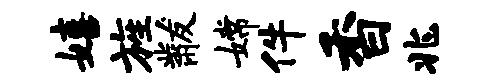
嬉旌黻嫦件香兆